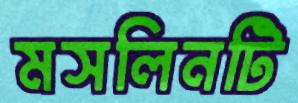
মসলিনটি